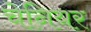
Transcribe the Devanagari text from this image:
चेनियर